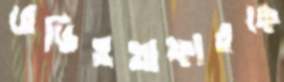
রেডিওগ্রাফারকে